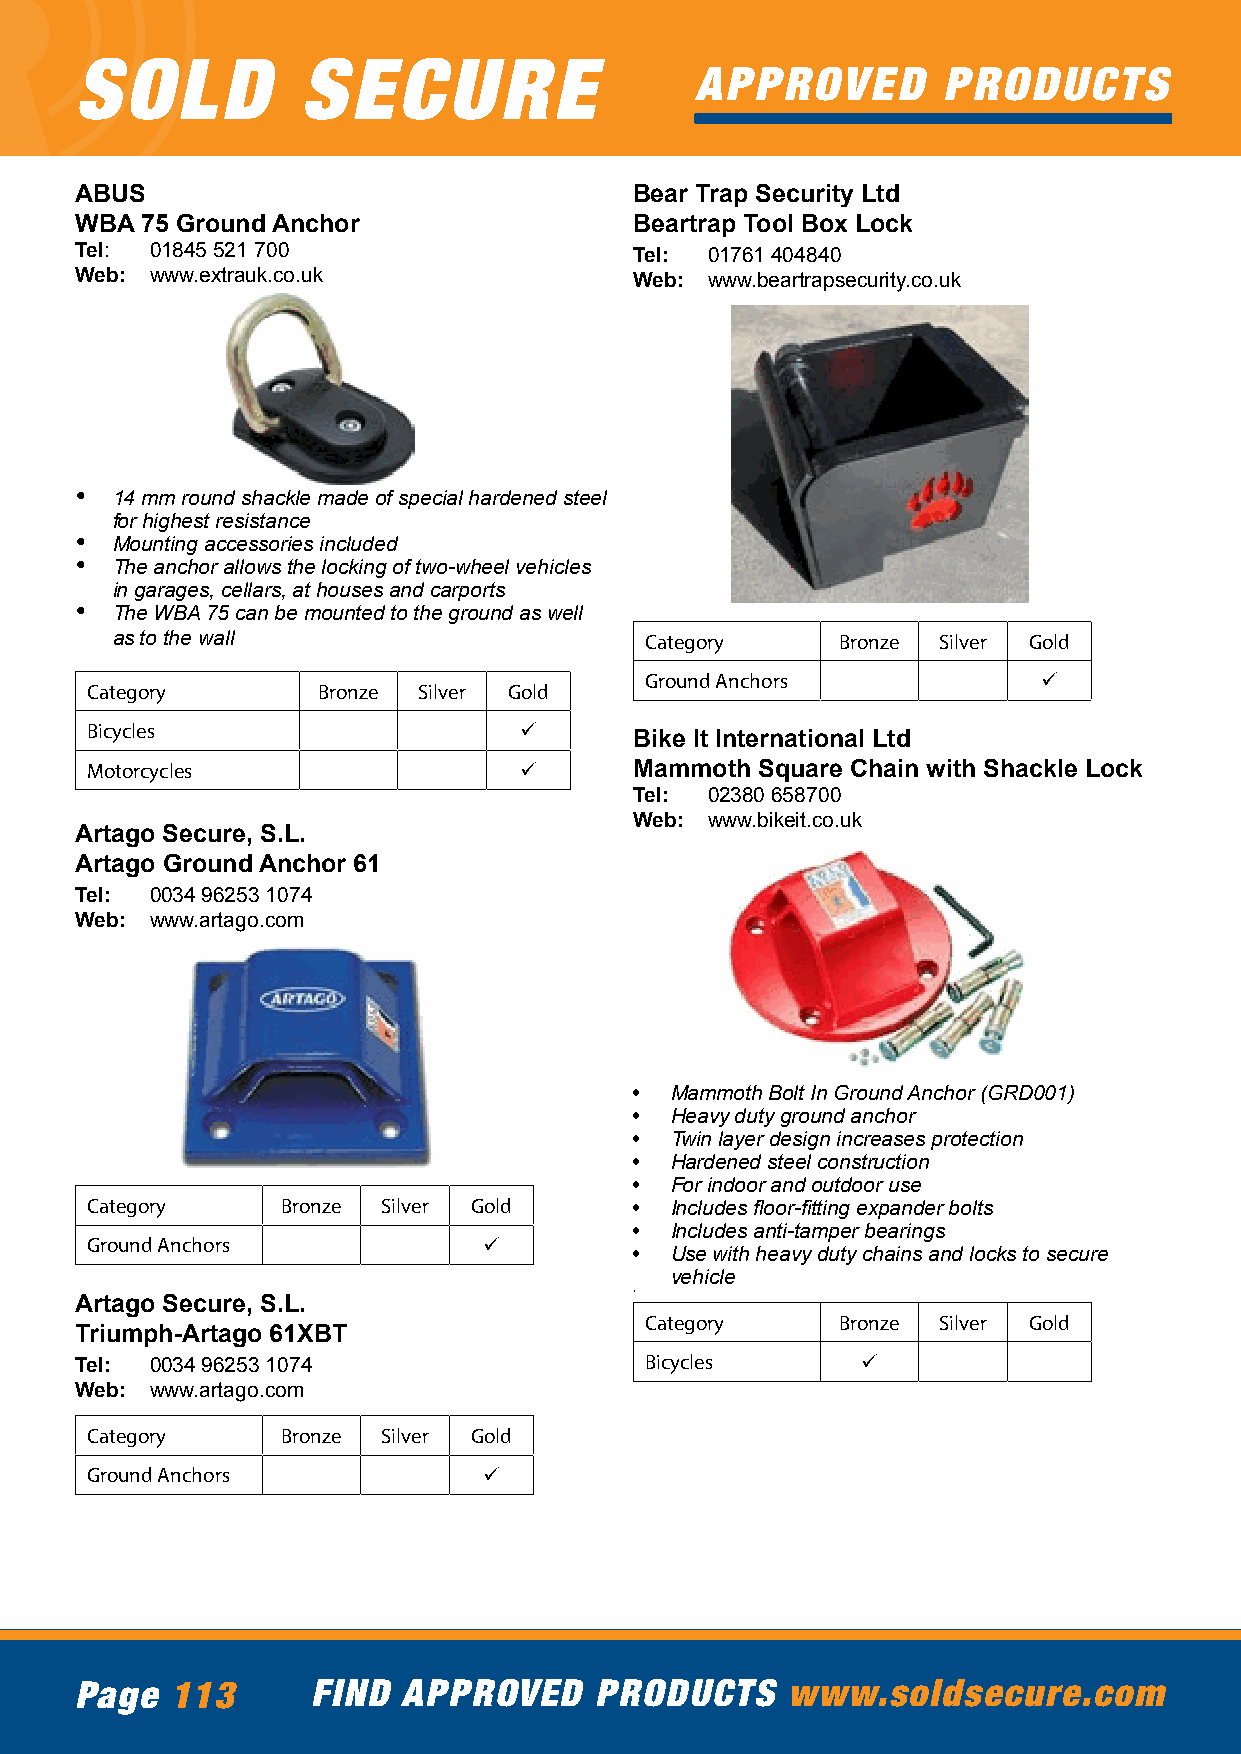
SOLD           SECURE
 APPROVED        PRODUCTS
 ABUS                                 Bear Trap Security Ltd
 WBA 75 Ground Anchor                 Beartrap Tool Box Lock
 Tel: 01845 521 700                   Tel: 01761 404840
 Web: www.extrauk.co.uk               Web: www.beartrapsecurity.co.uk
 • 14 mm round shackle made of special hardened steel
 for highest resistance
 • Mounting accessories included
 • The anchor allows the locking of two-wheel vehicles
 in garages, cellars, at houses and carports
 • The WBA 75 can be mounted to the ground as well
 as to the wall                      Category     Bronze Silver Gold
 Ground Anchors            ü
 Category       Bronze Silver Gold
 Bicycles                    ü
 Bike It International Ltd
 Motorcycles                 ü       Mammoth Square Chain with Shackle Lock
 Tel: 02380 658700
 Web: www.bikeit.co.uk
 Artago Secure, S.L.
 Artago Ground Anchor 61
 Tel: 0034 96253 1074
 Web: www.artago.com
 • Mammoth Bolt In Ground Anchor (GRD001)
 • Heavy duty ground anchor
 • Twin layer design increases protection
 • Hardened steel construction
 • For indoor and outdoor use
 Category     Bronze Silver Gold     • Includes floor-fitting expander bolts
 • Includes anti-tamper bearings
 Ground Anchors            ü
 • Use with heavy duty chains and locks to secure
 vehicle
 •
 Artago Secure, S.L.
 Category     Bronze Silver Gold
 Triumph-Artago 61XBT
 Tel: 0034 96253 1074                  Bicycles      ü
 Web: www.artago.com
 Category     Bronze Silver Gold
 Ground Anchors            ü
 Page  113       FIND  APPROVED    PRODUCTS     www.soldsecure.com